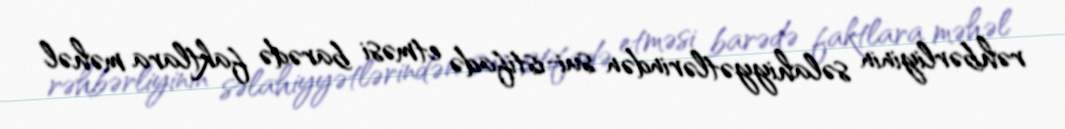
rəhbərliyinin səlahiyyətlərindən sui-istifadə etməsi barədə faktlara məhəl